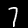
Label: 7